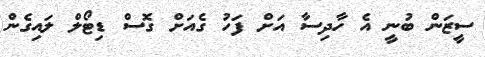
ސީޒަން ބުނީ އެ ހާދިސާ އަށް ފަހު ގެއަށް ގޮސް ޑިޓޯލް ލައިގެން